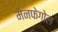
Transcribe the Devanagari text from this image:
मेनफेगोल